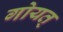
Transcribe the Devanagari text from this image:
गोयत्